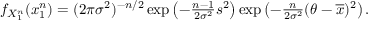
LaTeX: \begin{array} { r } { f _ { X _ { 1 } ^ { n } } ( x _ { 1 } ^ { n } ) = ( 2 \pi \sigma ^ { 2 } ) ^ { - n / 2 } \exp \left( - { \frac { n - 1 } { 2 \sigma ^ { 2 } } } s ^ { 2 } \right) \exp \left( - { \frac { n } { 2 \sigma ^ { 2 } } } ( \theta - { \overline { { x } } } ) ^ { 2 } \right) . } \end{array}